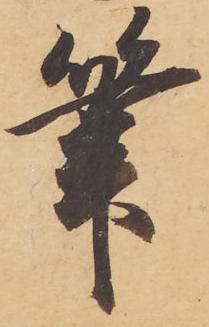
筆